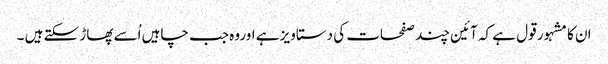
ان کا مشہور قول ہے کہ آئین چند صفحات کی دستاویز ہے اوروہ جب چاہیں اُسے پھاڑ سکتے ہیں ۔